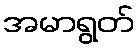
အမာရွတ်